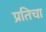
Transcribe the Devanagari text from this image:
प्रतिचा